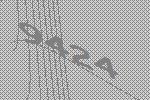
9424